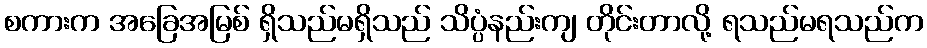
စကားက အခြေအမြစ် ရှိသည်မရှိသည် သိပ္ပံနည်းကျ တိုင်းတာလို့ ရသည်မရသည်က